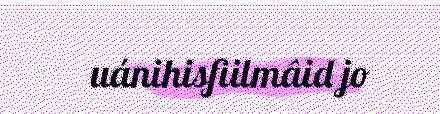
uánihisfiilmâid jo